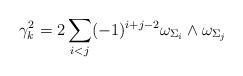
LaTeX: \begin{align*} \gamma_{k}^{2}=2\sum_{i<j}^{}(-1)^{i+j-2}\omega_{\Sigma_{i}}\wedge\omega_{\Sigma_{j}}\end{align*}